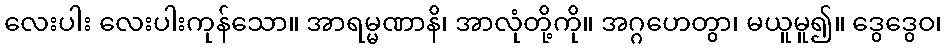
လေးပါး လေးပါးကုန်သော။ အာရမ္မဏာနိ၊ အာလုံတို့ကို။ အဂ္ဂဟေတွာ၊ မယူမူ၍။ ဒွေဒွေဝ၊